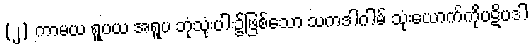
(၂) ကာမယ ရူပယ အရူပ ဘုံသုံးပါး၌ဖြစ်သော သကဒါဂါမ် သုံးယောက်ကိုပဋိပဒါ